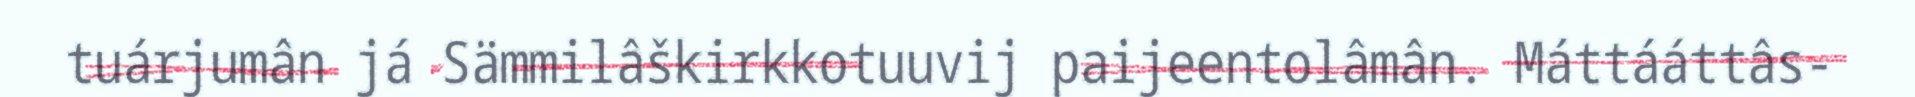
tuárjumân já Sämmilâškirkkotuuvij paijeentolâmân. Máttááttâs-